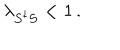
\lambda _ { S ^ { \dagger } S } < 1 \, .